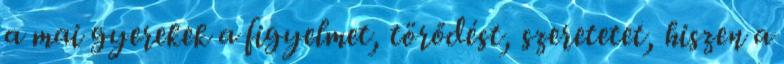
a mai gyerekek a figyelmet, törődést, szeretetet, hiszen a